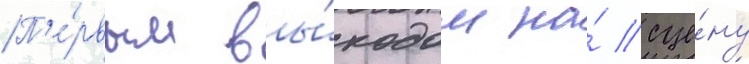
П'е́рвым вы́ходом на́ сце́ну